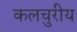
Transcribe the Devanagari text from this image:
कलचुरीय